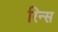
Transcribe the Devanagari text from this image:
रिन्स